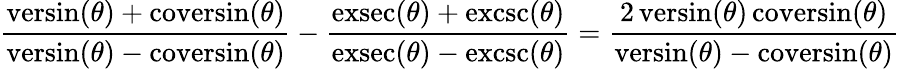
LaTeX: {\frac{\operatorname{versin}(\theta)+\operatorname{coversin}(\theta)}{\operatorname{versin}(\theta)-\operatorname{coversin}(\theta)}}-{\frac{\operatorname{exsec}(\theta)+\operatorname{excsc}(\theta)}{\operatorname{exsec}(\theta)-\operatorname{excsc}(\theta)}}={\frac{2\operatorname{versin}(\theta)\operatorname{coversin}(\theta)}{\operatorname{versin}(\theta)-\operatorname{coversin}(\theta)}}